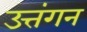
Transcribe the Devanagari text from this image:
उत्तंगन